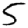
Digit: 5